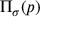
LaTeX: \Pi _ { \sigma } ( p )